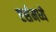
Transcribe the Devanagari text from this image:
एर्समध्ये